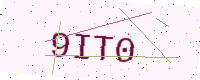
Text: 9IT0